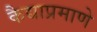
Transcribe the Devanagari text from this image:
कैद्याप्रमाणे